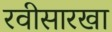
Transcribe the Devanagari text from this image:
रवीसारखा